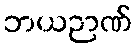
ဘယဉာဏ်